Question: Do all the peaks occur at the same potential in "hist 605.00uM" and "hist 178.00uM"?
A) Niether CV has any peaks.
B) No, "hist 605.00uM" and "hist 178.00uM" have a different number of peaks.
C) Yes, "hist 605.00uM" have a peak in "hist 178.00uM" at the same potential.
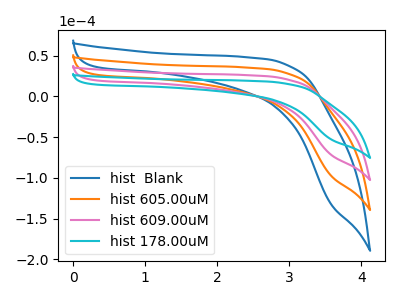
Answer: <think>The blue curve "hist  Blank" has no peaks. The orange curve "hist 605.00uM" has no peaks. The pink curve "hist 609.00uM" has no peaks. The cyan curve "hist 178.00uM" has no peaks.</think>
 <answer>A) Niether CV has any peaks.</answer>
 <eval>A</eval>